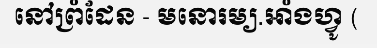
នៅព្រំដែន - មនោរម្យ.អាំងហ្វូ (